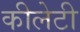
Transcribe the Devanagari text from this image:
कीलेटी